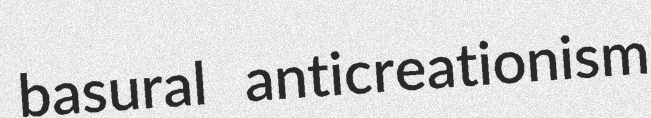
basural anticreationism